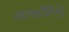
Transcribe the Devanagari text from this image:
तत्वबिन्दु